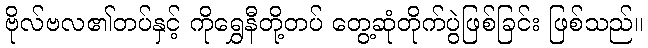
ဗိုလ်ဗလ၏တပ်နှင့် ကိုရွှေနီတို့တပ် တွေ့ဆုံတိုက်ပွဲဖြစ်ခြင်း ဖြစ်သည်။